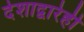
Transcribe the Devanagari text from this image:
देशाद्वारेही